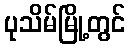
ပုသိမ်မြို့တွင်